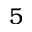
5